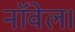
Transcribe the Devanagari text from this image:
नाॅवेल।